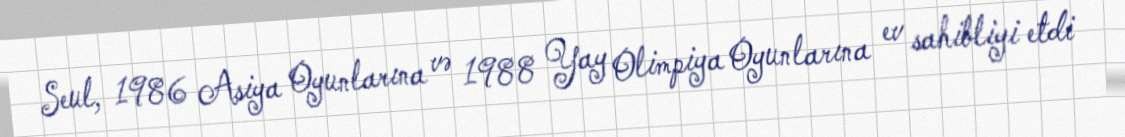
Seul, 1986 Asiya Oyunlarına və 1988 Yay Olimpiya Oyunlarına ev sahibliyi etdi